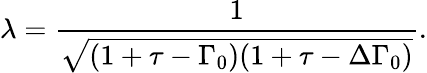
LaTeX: \lambda=\frac{1}{\sqrt{(1+\tau-\Gamma_{0})(1+\tau-\Delta\Gamma_{0})}}.